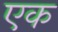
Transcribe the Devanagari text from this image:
एक